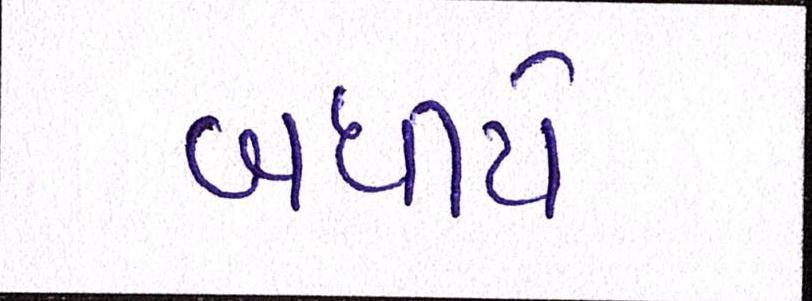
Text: બધીયે